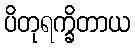
ပိတုရက္ခိတာယ